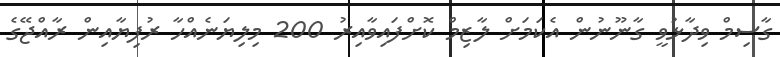
ގާސިމް ވިދާޅުވީ ގާނޫނުން އެކަމަށް ލާޒިމް ކޮށްފައިވާއިރު 200 މިލިޔަނެއްހާ ރުފިޔާއިން ރާއްޖޭގެ